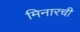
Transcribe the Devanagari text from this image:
मिनारची